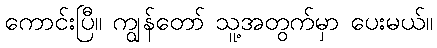
ကောင်းပြီ။ ကျွန်တော် သူ့အတွက်မှာ ပေးမယ်။